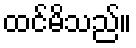
ထင်မိသည်။